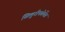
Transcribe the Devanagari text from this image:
सिलुरीफोर्मेस